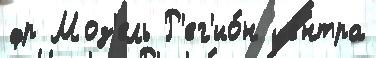
фр Моз'ель Р'ег'ио́н це́нтра